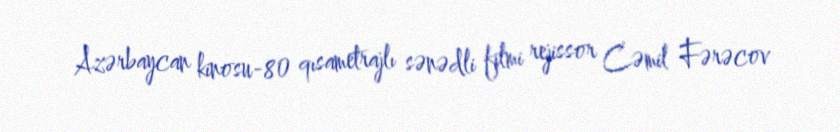
Azərbaycan kinosu-80 qısametrajlı sənədli filmi rejissor Cəmil Fərəcov